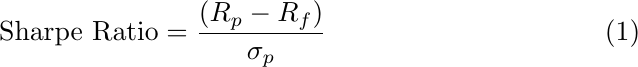
\begin{equation}
\text{Sharpe Ratio} = \frac{(R_p-R_f)}{\sigma_p}
\end{equation}